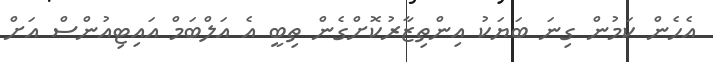
އެހެން ކަމުން ގިނަ ބަޔަކު އިންތިޒާރުކޮށްގެން ތިބީ އެ އަލްބަމް އައިޓިއުންސް އަށް